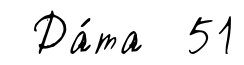
Да́та 51